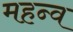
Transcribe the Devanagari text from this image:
महन्व